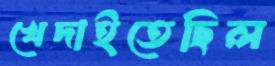
খেদাইতেছিল